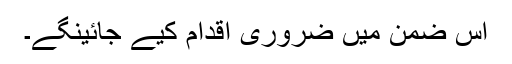
اس ضمن میں ضروری اقدام کیے جائینگے۔